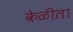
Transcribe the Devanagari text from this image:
केळीला